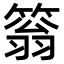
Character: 䈵